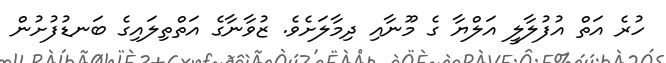
ހުރެ އަތް އުފުލާލީ އަލްޔާ ގެ މޫނާއި ދިމާލަށެވެ. ޒުވާނާގެ އަތްތިލައިގެ ބަނޑުފުށުން